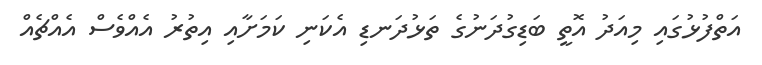
އަތްފުޅުގައި މިއަދު އޮތީ ބަޑިގުދަނުގެ ތަޅުދަނޑި އެކަނި ކަމަށާއި އިތުރު އެއްވެސް އެއްޗެއް